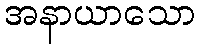
အနာယာသော